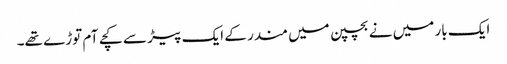
ایک بار میں نے بچپن میں مندر کے ایک پیڑ سے کچے آم توڑے تھے۔